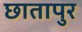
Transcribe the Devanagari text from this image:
छातापुर